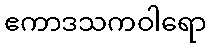
ဧကာဒသကဝါရော